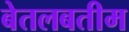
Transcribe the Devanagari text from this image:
बेतलबतीम